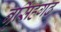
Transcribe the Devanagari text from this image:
नृसिंहगढ़